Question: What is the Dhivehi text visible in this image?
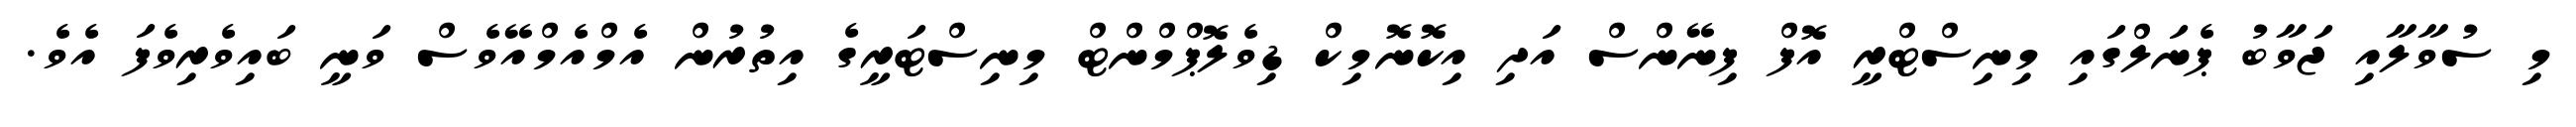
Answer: މި ސުވާލާއި ޖަވާބު ޕެނަލްގައި މިނިސްޓްރީ އޮފް ފިނޭންސް އަދި އިކޮނޮމިކް ޑިވެލޮޕްމްންޓް މިނިސްޓަރީގެ އިތުރުން އެމްއެމްއޭވެސް ވަނީ ބައިވެރިވެފަ އެވެ.